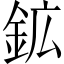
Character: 鉱